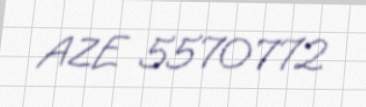
AZE 5570772